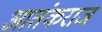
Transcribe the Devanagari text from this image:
आतंकराज